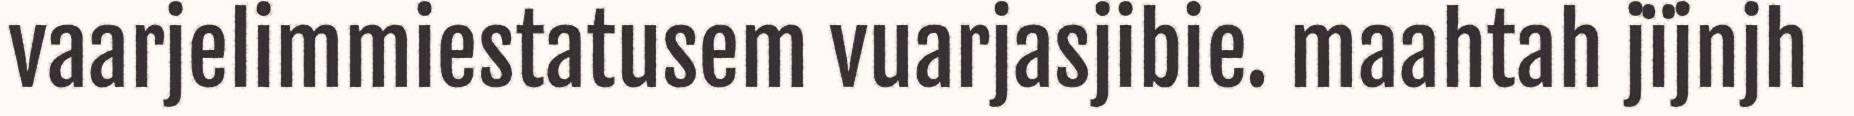
vaarjelimmiestatusem vuarjasjibie. maahtah jïjnjh